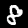
Digit: 8